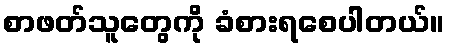
စာဖတ်သူတွေကို ခံစားရစေပါတယ်။